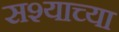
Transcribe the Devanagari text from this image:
सश्याच्या